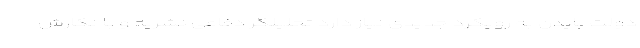
دولت بایدن به رویکرد جدیدی نیاز دارد تحلیلگر دفاعی نشریه و با نگارش